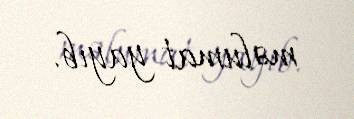
məlumat yayıb.